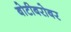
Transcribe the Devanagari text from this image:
बोटीबरोबर